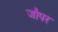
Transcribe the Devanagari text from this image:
जौपर